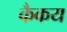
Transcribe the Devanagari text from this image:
कैकय